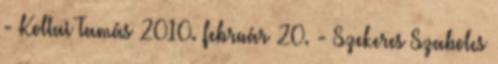
- Koltai Tamás 2010. február 20. - Szekeres Szabolcs